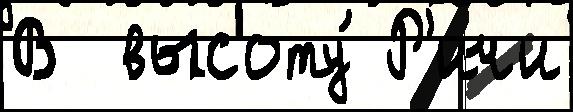
В  высоту́ Р'ичи